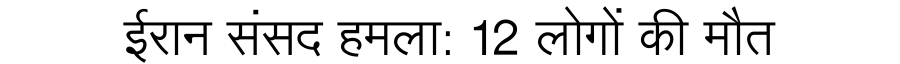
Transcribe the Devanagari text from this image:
ईरान संसद हमला: 12 लोगों की मौत